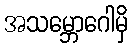
အသမ္ဘောဂေါမှိ